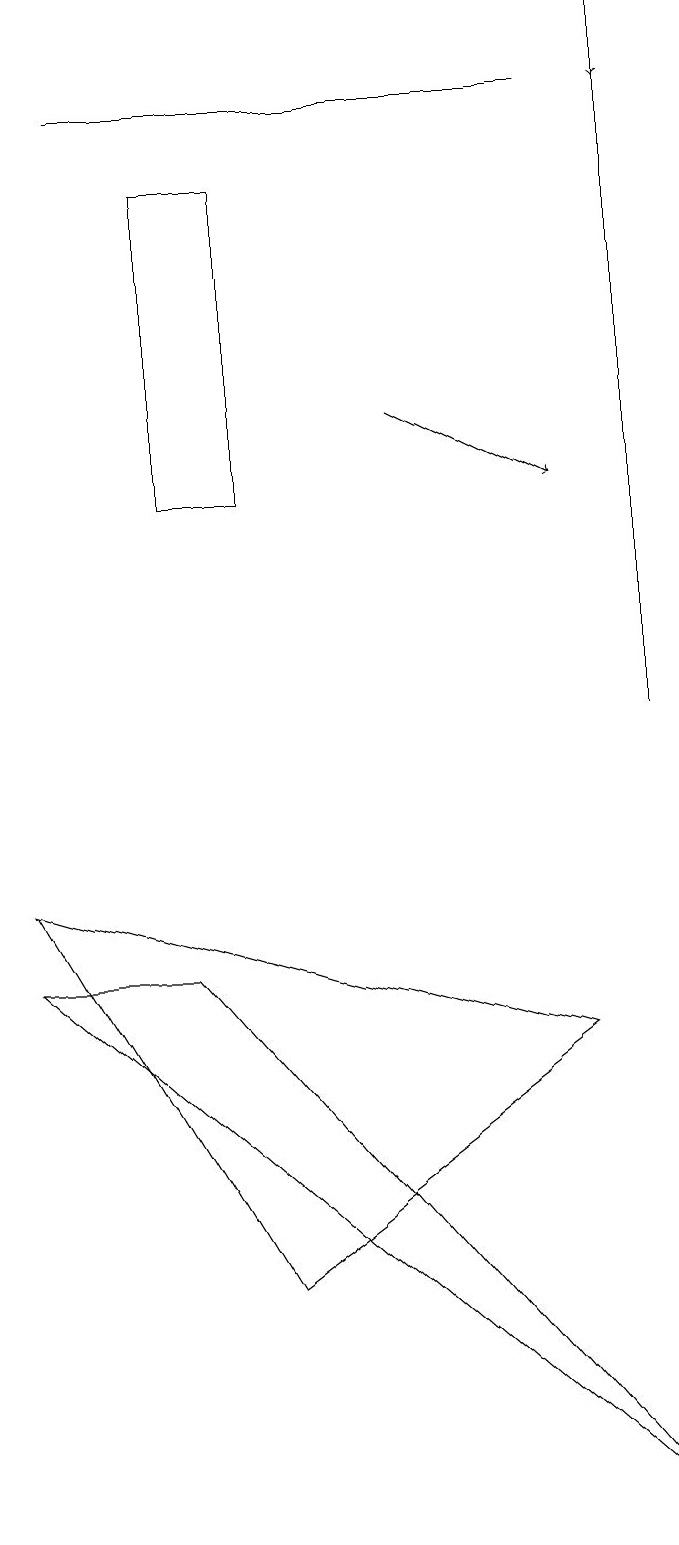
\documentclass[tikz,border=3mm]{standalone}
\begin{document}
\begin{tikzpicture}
\draw[->] (9,19) -- (9,18);
\draw (9,0) -- (1,7) -- (3,7) -- cycle;
\draw (3,13) rectangle (4,17);
\draw (8,6) -- (4,3) -- (1,8) -- cycle;
\draw[->] (6,14) -- (8,13);
\draw (2,18) rectangle (8,18);
\draw (9,10) rectangle (9,19);
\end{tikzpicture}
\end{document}